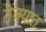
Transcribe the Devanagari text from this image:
ठेक्यात